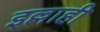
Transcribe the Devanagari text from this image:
इल्लाही